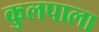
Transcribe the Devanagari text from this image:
कुलपाला